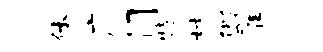
休广门特材似翟